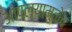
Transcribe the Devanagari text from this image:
आपल्यामुळेच